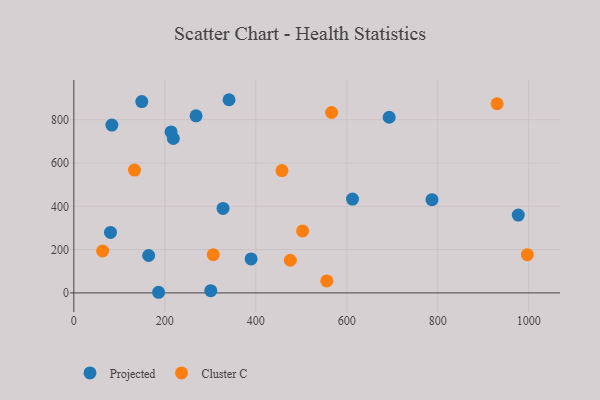
{"axis": {"x": "Study Hours", "y": "Profit"}, "legend": ["Cluster C", "Projected"], "data": [{"x": "149.4", "y": 883.6, "type": "Projected"}, {"x": "341.2", "y": 892.2, "type": "Projected"}, {"x": "328.0", "y": 390.1, "type": "Projected"}, {"x": "268.7", "y": 817.7, "type": "Projected"}, {"x": "693.2", "y": 811.2, "type": "Projected"}, {"x": "787.3", "y": 430.5, "type": "Projected"}, {"x": "213.8", "y": 743.7, "type": "Projected"}, {"x": "83.6", "y": 775.0, "type": "Projected"}, {"x": "389.7", "y": 157.1, "type": "Projected"}, {"x": "218.8", "y": 713.1, "type": "Projected"}, {"x": "301.0", "y": 10.2, "type": "Projected"}, {"x": "80.6", "y": 279.3, "type": "Projected"}, {"x": "186.3", "y": 2.9, "type": "Projected"}, {"x": "164.5", "y": 172.7, "type": "Projected"}, {"x": "612.6", "y": 433.5, "type": "Projected"}, {"x": "977.0", "y": 359.3, "type": "Projected"}, {"x": "306.6", "y": 176.7, "type": "Cluster C"}, {"x": "133.3", "y": 567.1, "type": "Cluster C"}, {"x": "556.0", "y": 55.2, "type": "Cluster C"}, {"x": "502.9", "y": 286.4, "type": "Cluster C"}, {"x": "475.9", "y": 150.7, "type": "Cluster C"}, {"x": "566.6", "y": 833.1, "type": "Cluster C"}, {"x": "63.3", "y": 193.6, "type": "Cluster C"}, {"x": "997.0", "y": 176.6, "type": "Cluster C"}, {"x": "930.5", "y": 873.5, "type": "Cluster C"}, {"x": "457.5", "y": 565.1, "type": "Cluster C"}]}